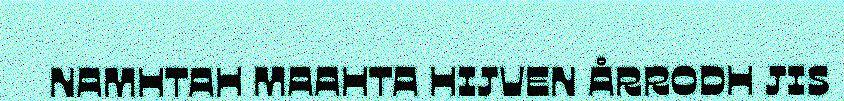
NAMHTAH MAAHTA HIJVEN ÅRRODH JIS